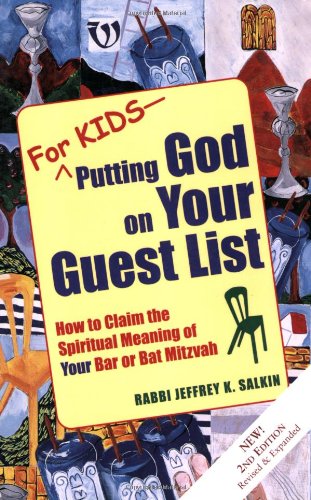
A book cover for For Kids - Putting God on Your Guest List - 2nd Edition: How to Claim the Spiritual Meaning of Your Bar or Bat Mitzvah; Rabbi Jeffrey K. Salkin; Children's Books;